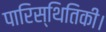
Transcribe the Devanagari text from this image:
पारिस्थितिकी।